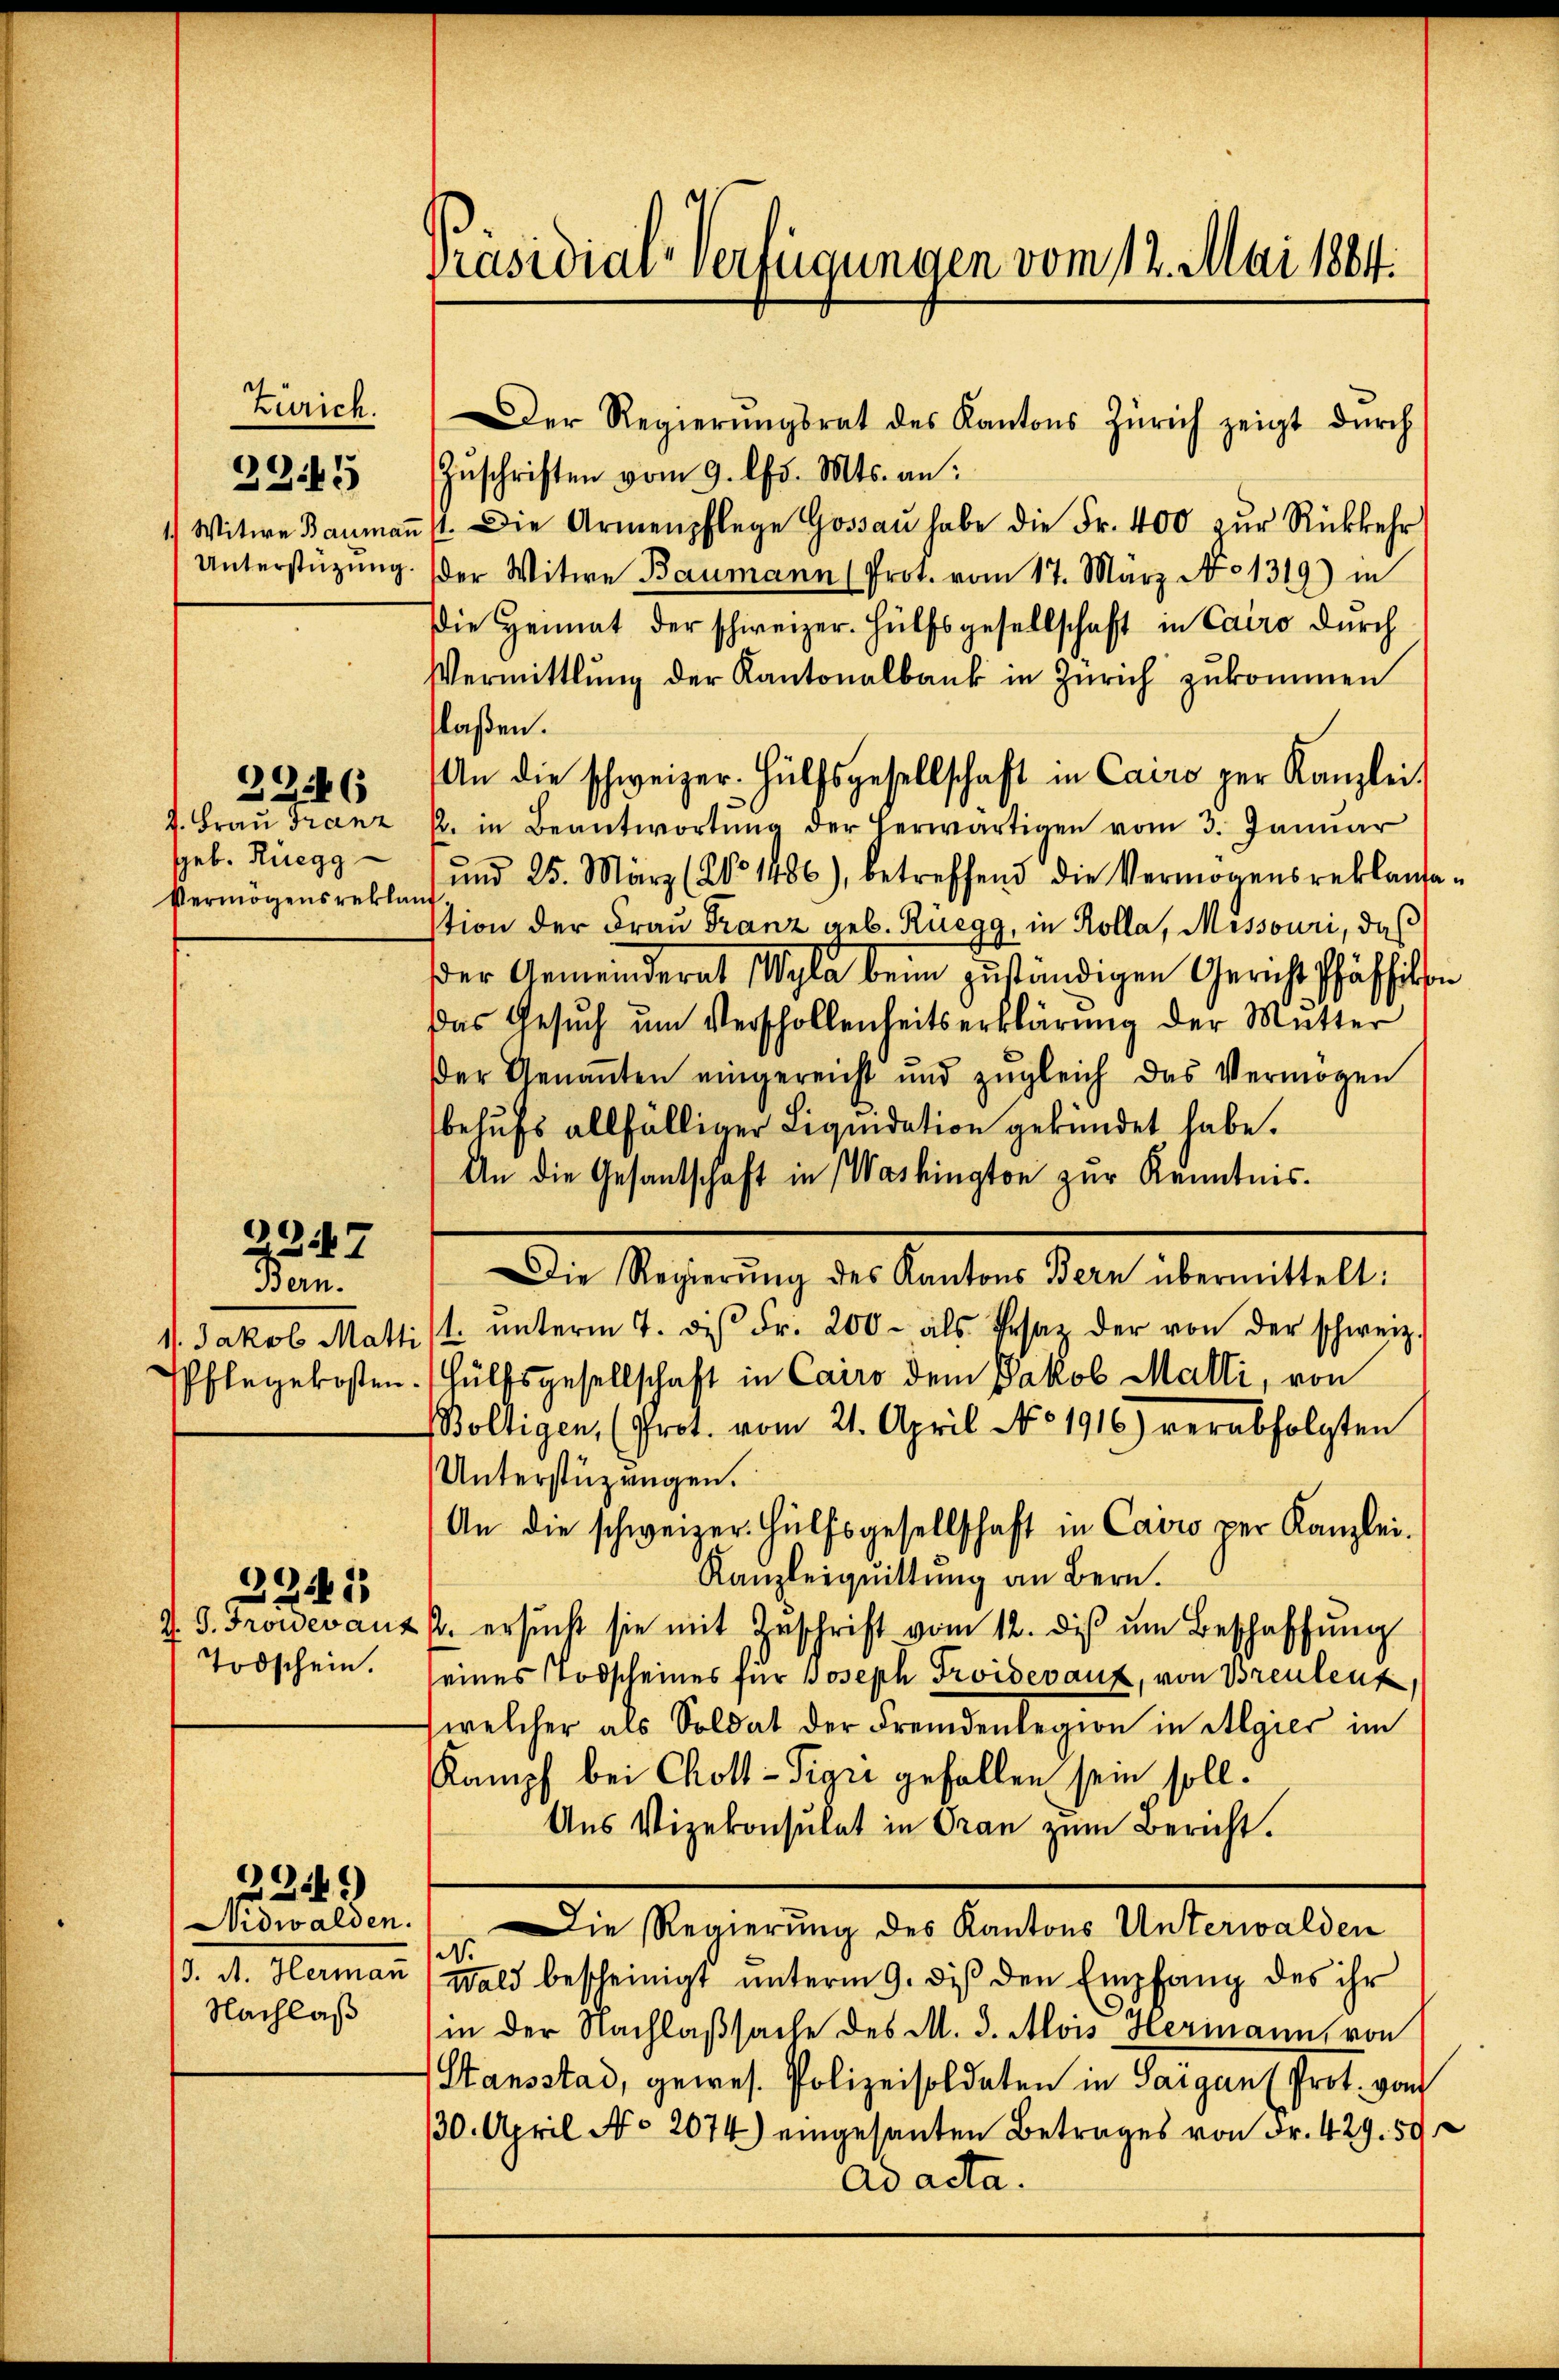
Zürich.
335

J. Frau Franz
Geb. Rüegg
Vermögensreklauf

2246

2247

Bern.
11. Jakob Matt

2241
Todschein.

Nidwalden.
Nachlaß

2249)

Der Regierŭngsrat des Kantons Zürich zeigt dŭrch
Zŭschriften vom 9. lfd. Mts. an:
1) Witwe Baŭmaṅ st. Die Armenpflege Gossaŭ habe die Fr. 400 zŭr Rückkehr
Unterstützung. (der Witwe Baumann (Prot. vom 17. März No 1319) in
Die Heimat der schweizer. Hülfsgesellschaft in Cairo durch
Vermittlung der Kantonalbank in Zürich zukommen
laßen.
An die schweizer-Hülfsgesellschaft in Cairo per Kanzlei
p. in Beantwortŭng der herwärtigen vom 3. Januar
ŭnd 25. März (No 1486), betreffend die Vermögensreklama-
stion der Frau Franz geb. Rüegg, in Kolla, Missouri, daß
der Gemeinderat Wyla beim zuständigen Gericht Pfäffikon
Das Gesŭch ŭm Verschollenheitserklärung der Mutter
Der Genannten eingereicht und zugleich das Vermögen
behufs allfälliger Liquidation gekündet habe.
An die Gesantschaft in Washington zur Kenntnis.
Die Regierŭng des Kantons Bern übermittelt:
ist. ŭnterm 4. ds Fr. 200 - als Pesaz der von der schweiz.
Pflegekosten. Hülfsgesellschaft in Cairo dem Jakob Malli, von
Boltigen, (Prot. vom 21. April No 1916) verabfolgten
Unterstüzungen.
An die schweizer. Hülfsgesellschaft in Cairo per Kanzlei-
Kanzleiquittung an Bern.
Z. G. Frovevant J. ersŭcht sie mit Geschrift vom 12. diβ ŭm Beschaffŭng
eines Todscheines für Joseph Froiderauf, von Brentenk
welcher als Soldat der Fremdenlegion in Algier im
Kampf bei Chott-Sigri gefallen sein soll.
Aus Vizekonsulat in Gran zum Bericht.
Die Regierung des Kantons Unterwalden
d
(3. A. Herman Wald bescheinigt ŭnterm 9. diβ den Empfang des ihr
in der Nachlaßsache des M. J. Alois Hermann, von
Stansstad, gewes. Polizeisoldaten in Sargans Prot. von
/30. April No 2074) eingesanten Betrages von Fr. 429. 592
ad acta.

Präsidial-Verfügungen vom 12. Mai 1884.